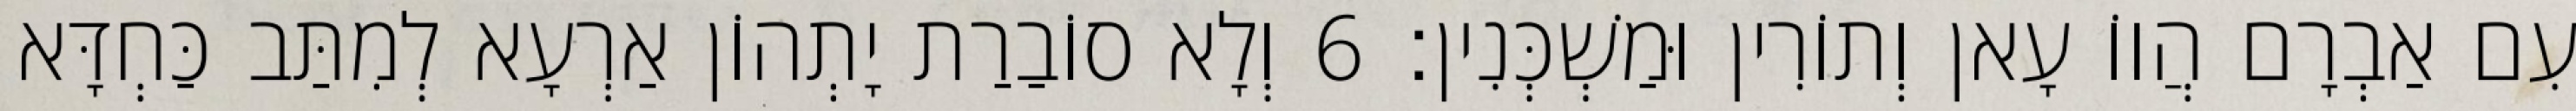
עִם אַבְרָם הֲווֹ עָאן וְתוֹרִין וּמַשְׁכְּנִין׃ 6 וְלָא סוֹבַרַת יָתְהוֹן אַרְעָא לְמִתַּב כַּחְדָּא